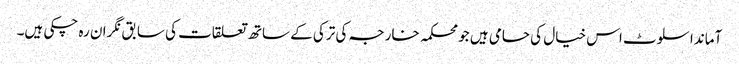
آماندا سلوٹ اس خیال کی حامی ہیں جو محکمہ خارجہ کی ترکی کے ساتھ تعلقات کی سابق نگران رہ چکی ہیں۔